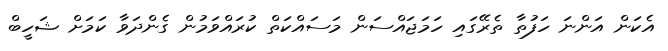
އެކަން އަންނަ ހަފުތާ ތެރޭގައި ހަމަޖައްސަން މަސައްކަތް ކުރައްވަމުން ގެންދަވާ ކަމަށް ޝަހީބް